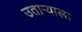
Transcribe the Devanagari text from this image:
उताऱ्याला